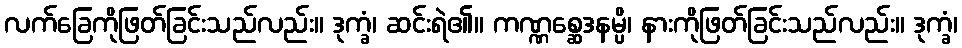
လက်ခြေကိုဖြတ်ခြင်းသည်လည်း။ ဒုက္ခံ၊ ဆင်းရဲ၏။ ကဏ္ဏစ္ဆေဒနမ္ပိ၊ နားကိုဖြတ်ခြင်းသည်လည်း။ ဒုက္ခံ၊